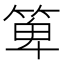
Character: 箄